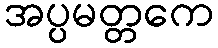
အပ္ပမတ္တကေ